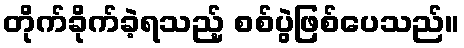
တိုက်ခိုက်ခဲ့ရသည့် စစ်ပွဲဖြစ်ပေသည်။